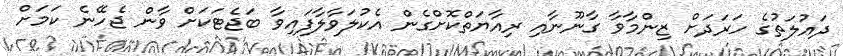
ދައުލަތުގެ ހަރަދަށް ޒިންމާވާ ގާނޫނާއި ރިއާޔަތްކޮށްގެން އެކުލަވާލާފައިވާ ބަޖެޓަކަށް ވާން ޖެހޭނެ ކަމަށް